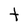
Character: t